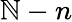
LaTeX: \mathbb{N}-n